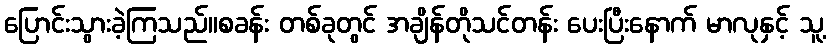
ပြောင်းသွားခဲ့ကြသည်။စခန်း တစ်ခုတွင် အချိန်တိုသင်တန်း ပေးပြီးနောက် မာလုနှင့် သူ့